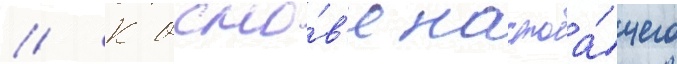
// К осно́в'е настоа́щего